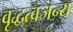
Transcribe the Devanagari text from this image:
वृद्धत्वजन्य